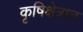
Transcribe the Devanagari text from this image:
कृषिक्षेत्रात